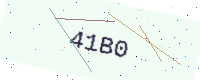
Text: 41B0